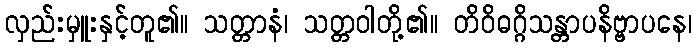
လှည်းမှူးနှင့်တူ၏။ သတ္တာနံ၊ သတ္တဝါတို့၏။ တိဝိဓဂ္ဂိသန္တာပနိဗ္ဗာပနေ၊